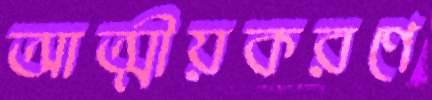
আত্মীয়করণে